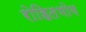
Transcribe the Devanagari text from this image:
रोहितभोग